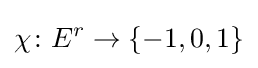
\chi \colon E^{r}\to \{-1,0,1\}